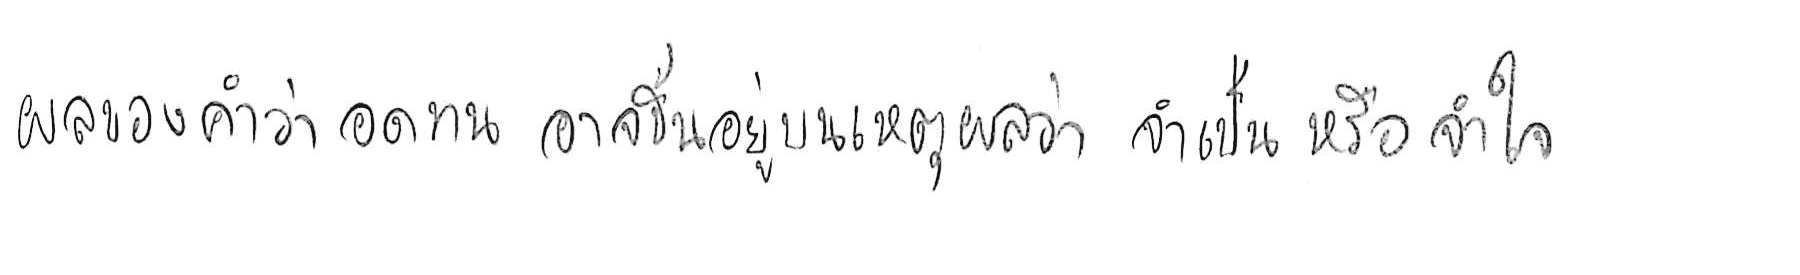
ผลของคำว่า อดทน อาจขึ้นอยู่บนเหตุผลว่า จำเป็น หรือ จำใจ